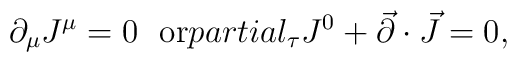
\partial_\mu J^\mu=0\ \ {\rm or}\ \\partial_\tau J^0+\vec{\partial}\cdot\vec{J}=0,